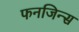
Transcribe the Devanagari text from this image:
फनजिन्स